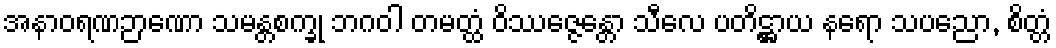
အနာဝရဏဉာဏော သမန္တစက္ခု ဘဂဝါ တမတ္ထံ ဝိဿဇ္ဇေန္တော သီလေ ပတိဋ္ဌာယ နရော သပညော, စိတ္တံ